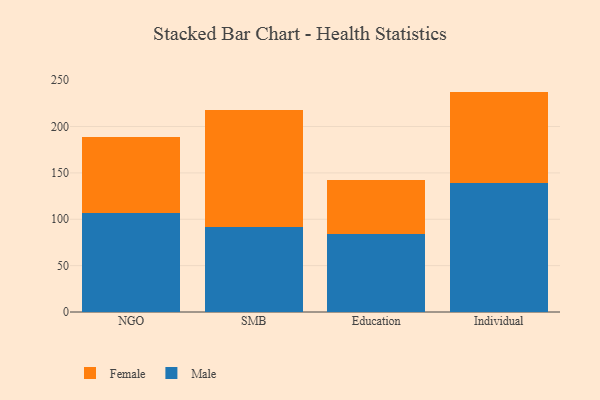
{"axis": {"x": "Segment", "y": "Demand Index"}, "legend": ["Female", "Male"], "data": [{"x": "NGO", "y": 107.2, "type": "Male"}, {"x": "NGO", "y": 81.3, "type": "Female"}, {"x": "SMB", "y": 91.3, "type": "Male"}, {"x": "SMB", "y": 126.4, "type": "Female"}, {"x": "Education", "y": 84.3, "type": "Male"}, {"x": "Education", "y": 58.3, "type": "Female"}, {"x": "Individual", "y": 138.8, "type": "Male"}, {"x": "Individual", "y": 98.9, "type": "Female"}]}